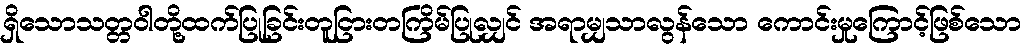
ရှိသောသတ္တဝါတို့ထက်ပြုခြင်းတူငြားတကြိမ်ပြုလျှင် အရာမျှသာလွန်သော ကောင်းမှုကြောင့်ဖြစ်သော